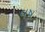
વષ